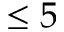
\le 5